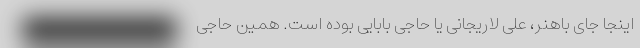
اینجا جای باهنر، علی لاریجانی یا حاجی بابایی بوده است. همین حاجی